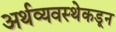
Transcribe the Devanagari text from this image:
अर्थव्यवस्थेकडून